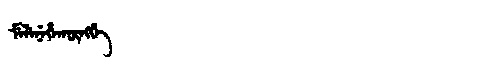
Manchu: ᠮᡝᠯᡝᠨᡝᡥᠠᡴᡡᠩᡤᡝ
Romanization: MELENEHAKŪNGGE